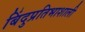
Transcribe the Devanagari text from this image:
बिंदुप्रतिभाशाली